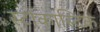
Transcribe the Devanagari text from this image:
स्टोकास्टिक